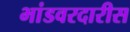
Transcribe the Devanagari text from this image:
भांडवरदारीस